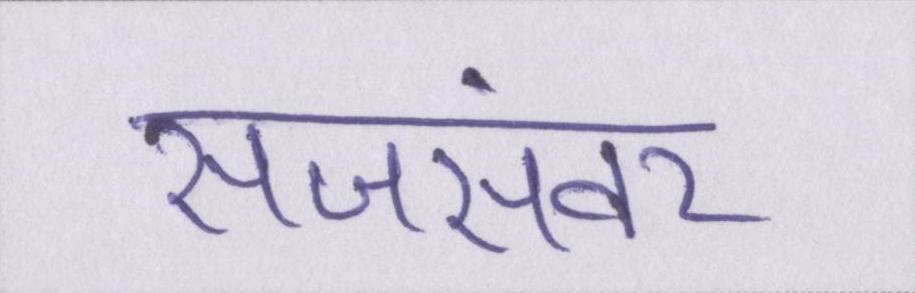
सजसंवर